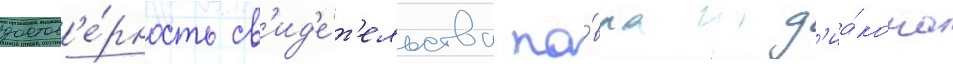
достов'е́рность св'ид'е́т'ельства па́вла д'иа́кона